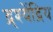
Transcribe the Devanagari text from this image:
द्र्श्येंद्रिय